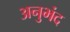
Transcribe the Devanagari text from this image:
अनुभंद